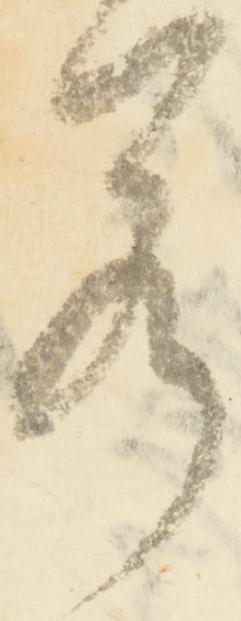
若